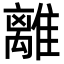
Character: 離